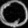
Digit: ၀